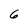
Character: 6